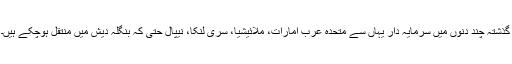
گذشتہ چند دنوں میں سرمایہ دار یہاں سے متحدہ عرب امارات، ملائیشیا، سری لنکا، نیپال حتی کہ بنگلہ دیش میں منتقل ہوچکے ہیں۔